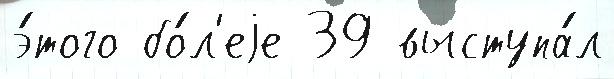
э́того бо́л'еjе 39 выступа́л